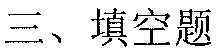
三、填空题